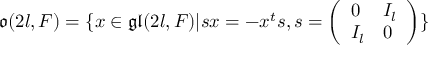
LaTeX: { \mathfrak { o } } ( 2 l , F ) = \{ x \in { \mathfrak { g l } } ( 2 l , F ) | s x = - x ^ { t } s , s = { \left( \begin{array} { l l } { 0 } & { I _ { l } } \\ { I _ { l } } & { 0 } \end{array} \right) } \}